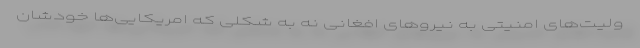
ولیت‌های امنیتی به نیروهای افغانی نه به شکلی که امریکایی‌ها خودشان